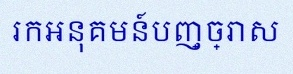
រកអនុគមន៍បញ្ច្រាស